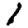
Digit: 1